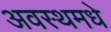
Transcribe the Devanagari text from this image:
अवस्थमधे